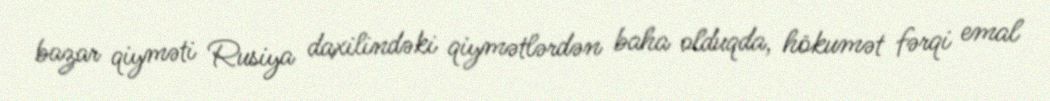
bazar qiyməti Rusiya daxilindəki qiymətlərdən baha olduqda, hökumət fərqi emal